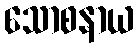
သောစနာယ